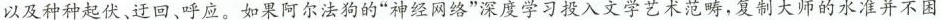
以及种种起伏，迂呼应。如果阿尔法狗的” 神经网络”深度学习入文学艺术范畴，复制大师的水准并不因